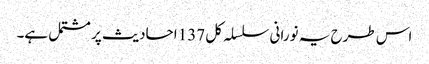
اس طرح یہ نورانی سلسلہ کل 137 احادیث پر مشتمل ہے۔